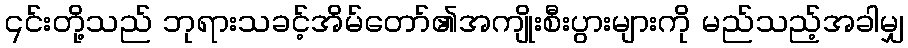
၎င်းတို့သည် ဘုရားသခင့်အိမ်တော်၏အကျိုးစီးပွားများကို မည်သည့်အခါမျှ